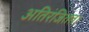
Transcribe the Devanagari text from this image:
अतिरंजितता